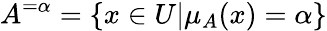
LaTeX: A^{=\alpha}=\{ x\in U|\mu_{A}(x)=\alpha\}